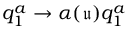
q _ { 1 } ^ { a } \to \alpha ( \mathfrak { u } ) q _ { 1 } ^ { a }